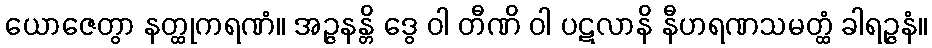
ယောဇေတွာ နတ္ထုကရဏံ။ အဉ္ဇနန္တိ ဒွေ ဝါ တီဏိ ဝါ ပဋလာနိ နီဟရဏသမတ္ထံ ခါရဉ္ဇနံ။